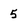
Character: 5